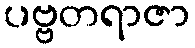
ပဗ္ဗတရာဇာ